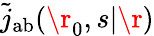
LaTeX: \tilde{j}_{\mathrm{{ab}}}(\r_{0},s|\r)